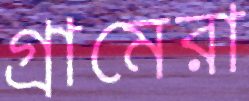
গ্রামেরা